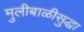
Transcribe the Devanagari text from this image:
मुलीबाळीसुद्धा